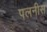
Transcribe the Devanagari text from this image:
पलनीस